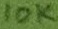
Text: 10K